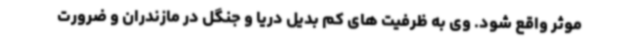
موثر واقع شود. وی به ظرفیت های کم بدیل دریا و جنگل در مازندران و ضرورت